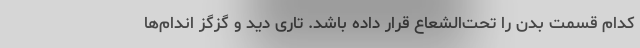
کدام قسمت بدن را تحت‌الشعاع قرار داده باشد. تاری دید و گزگز اندام‌ها